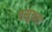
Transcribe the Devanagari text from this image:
वसुधरा